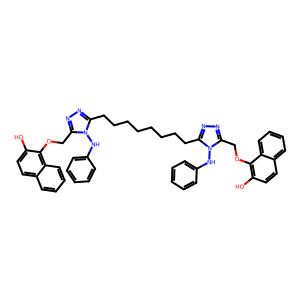
SMILES: Oc1ccc2ccccc2c1OCc1nnc(CCCCCCCCc2nnc(COc3c(O)ccc4ccccc34)n2Nc2ccccc2)n1Nc1ccccc1
Inhibits HIV replication: No